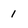
Character: 1